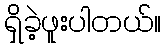
ရှိခဲ့ဖူးပါတယ်။